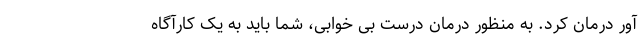
آور درمان کرد. به منظور درمان درست بی خوابی، شما باید به یک کارآگاه